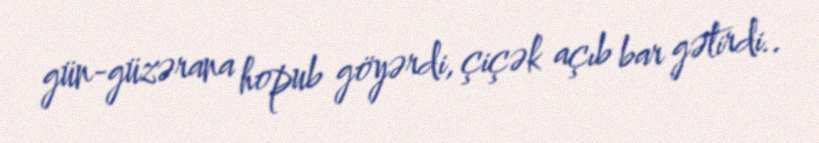
gün-güzərana hopub göyərdi, çiçək açıb bar gətirdi..